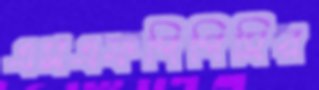
এসএফপিপিসির